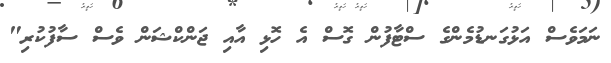
ނަމަވެސް އަޅުގަނޑުމެންގެ ސްޓާފުން ގޮސް އެ ހޮޅި އާއި ޖަންކްޝަން ވެސް ސާފުކުރި"